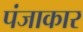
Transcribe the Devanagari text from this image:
पंजाकार